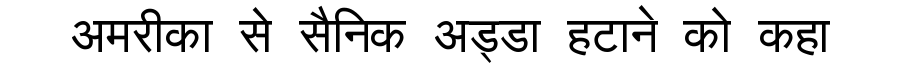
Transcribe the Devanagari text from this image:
अमरीका से सैनिक अड्डा हटाने को कहा